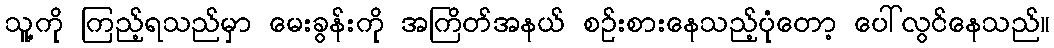
သူ့ကို ကြည့်ရသည်မှာ မေးခွန်းကို အကြိတ်အနယ် စဉ်းစားနေသည့်ပုံတော့ ပေါ်လွင်နေသည်။